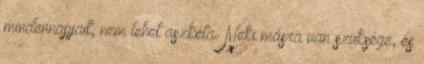
mindennapjait, nem lehet aszkéta. Neki másra van szüksége, és